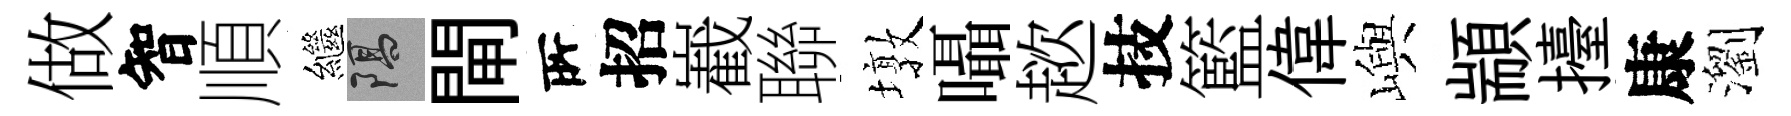
做智順繼隔閘𠩄招嶻聯墩囁趑技籃偉嶼顓擡康瀏